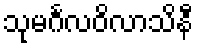
သုမင်္ဂလဝိလာသိနီ